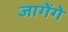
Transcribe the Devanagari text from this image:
जागेंगे